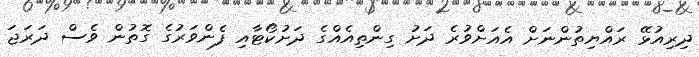
ދިރިއުޅޭ ރައްޔިތުންނަށް އެއަށްވުރެ ދަށު ގިންތިއެއްގެ ދަށުކޯޓާއި ފެންވަރުގެ ގޮތުން ވެސް ދަރަޖަ